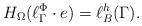
LaTeX: \begin{align*}H_\Omega(\ell^\Phi_{\Gamma} \cdot e)= \ell^h_{B}(\Gamma).\end{align*}